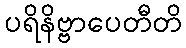
ပရိနိဗ္ဗာပေတီတိ